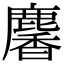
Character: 麘